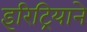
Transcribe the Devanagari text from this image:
इरिट्रियाने